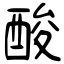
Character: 酸